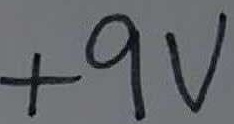
Text: +9V